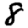
Digit: 8